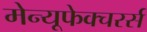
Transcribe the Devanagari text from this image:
मेन्यूफेक्चरर्स